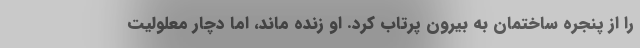
را از پنجره ساختمان به بیرون پرتاب کرد. او زنده ماند، اما دچار معلولیت